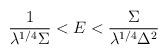
LaTeX: \begin{align*}\frac{1}{\lambda^{1/4}\Sigma}< E < \frac{\Sigma}{\lambda^{1/4}\Delta^2}\end{align*}